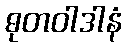
ဓုတဝါဒါနံ